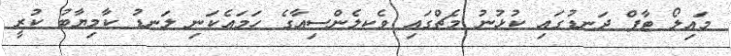
މައިލޯ ޓާފް ދަނޑުގައި ކުޅުނު މެޗްގައި ވެކލެންސިއާގެ ހަމައެކަނި ލަނޑު ކާމިޔާބު ކުރީ